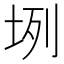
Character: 𡊻